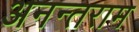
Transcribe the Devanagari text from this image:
अनन्तराम